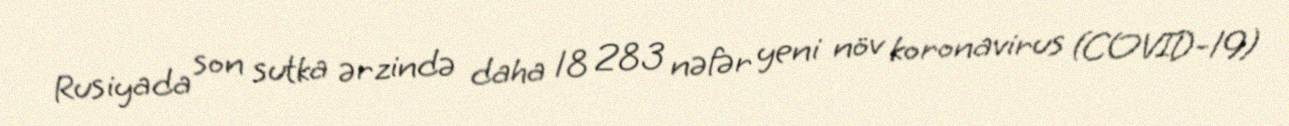
Rusiyada son sutka ərzində daha 18 283 nəfər yeni növ koronavirus (COVID-19)